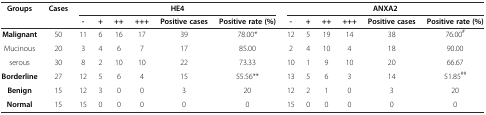
<table><thead><tr><td rowspan="2"><b>Groups</b></td><td rowspan="2"><b>Cases</b></td><td colspan="6"><b>HE4</b></td><td colspan="6"><b>ANXA2</b></td></tr><tr><td><b>-</b></td><td><b>+</b></td><td><b>++</b></td><td><b>+++</b></td><td><b>Positive cases</b></td><td><b>Positive rate (%)</b></td><td><b>-</b></td><td><b>+</b></td><td><b>++</b></td><td><b>+++</b></td><td><b>Positive cases</b></td><td><b>Positive rate (%)</b></td></tr></thead><tbody><tr><td><b>Malignant</b></td><td>50</td><td>11</td><td>6</td><td>16</td><td>17</td><td>39</td><td>78.00*</td><td>12</td><td>5</td><td>19</td><td>14</td><td>38</td><td>76.00<sup>#</sup></td></tr><tr><td>Mucinous</td><td>20</td><td>3</td><td>4</td><td>6</td><td>7</td><td>17</td><td>85.00</td><td>2</td><td>4</td><td>10</td><td>4</td><td>18</td><td>90.00</td></tr><tr><td>serous</td><td>30</td><td>8</td><td>2</td><td>10</td><td>10</td><td>22</td><td>73.33</td><td>10</td><td>1</td><td>9</td><td>10</td><td>20</td><td>66.67</td></tr><tr><td><b>Borderline</b></td><td>27</td><td>12</td><td>5</td><td>6</td><td>4</td><td>15</td><td>55.56**</td><td>13</td><td>5</td><td>6</td><td>3</td><td>14</td><td>51.85<sup>##</sup></td></tr><tr><td><b>Benign</b></td><td>15</td><td>12</td><td>3</td><td>0</td><td>0</td><td>3</td><td>20</td><td>12</td><td>2</td><td>1</td><td>0</td><td>3</td><td>20</td></tr><tr><td><b>Normal</b></td><td>15</td><td>15</td><td>0</td><td>0</td><td>0</td><td>0</td><td>0</td><td>15</td><td>0</td><td>0</td><td>0</td><td>0</td><td>0</td></tr></tbody></table>